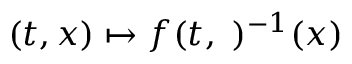
( t , x ) \mapsto f ( t , \ ) ^ { - 1 } ( x )